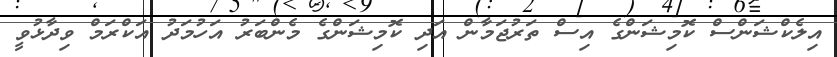
އިލެކްޝަންސް ކޮމިޝަންގެ އިސް ތަރުޖަމާން އަދި ކޮމިޝަންގެ މެންބަރު އަހުމަދު އަކްރަމް ވިދާޅުވީ